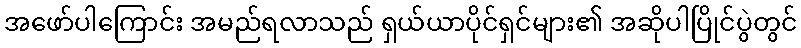
အဖော်ပါကြောင်း အမည်ရလာသည် ရှယ်ယာပိုင်ရှင်များ၏ အဆိုပါပြိုင်ပွဲတွင်